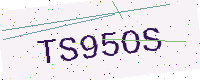
Text: TS95OS